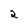
Character: 2